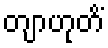
တျာဟုတိံ